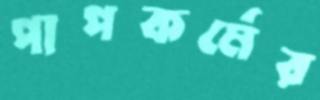
পাপকর্মের